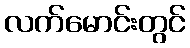
လက်မောင်းတွင်